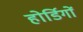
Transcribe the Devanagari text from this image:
होर्डिगों